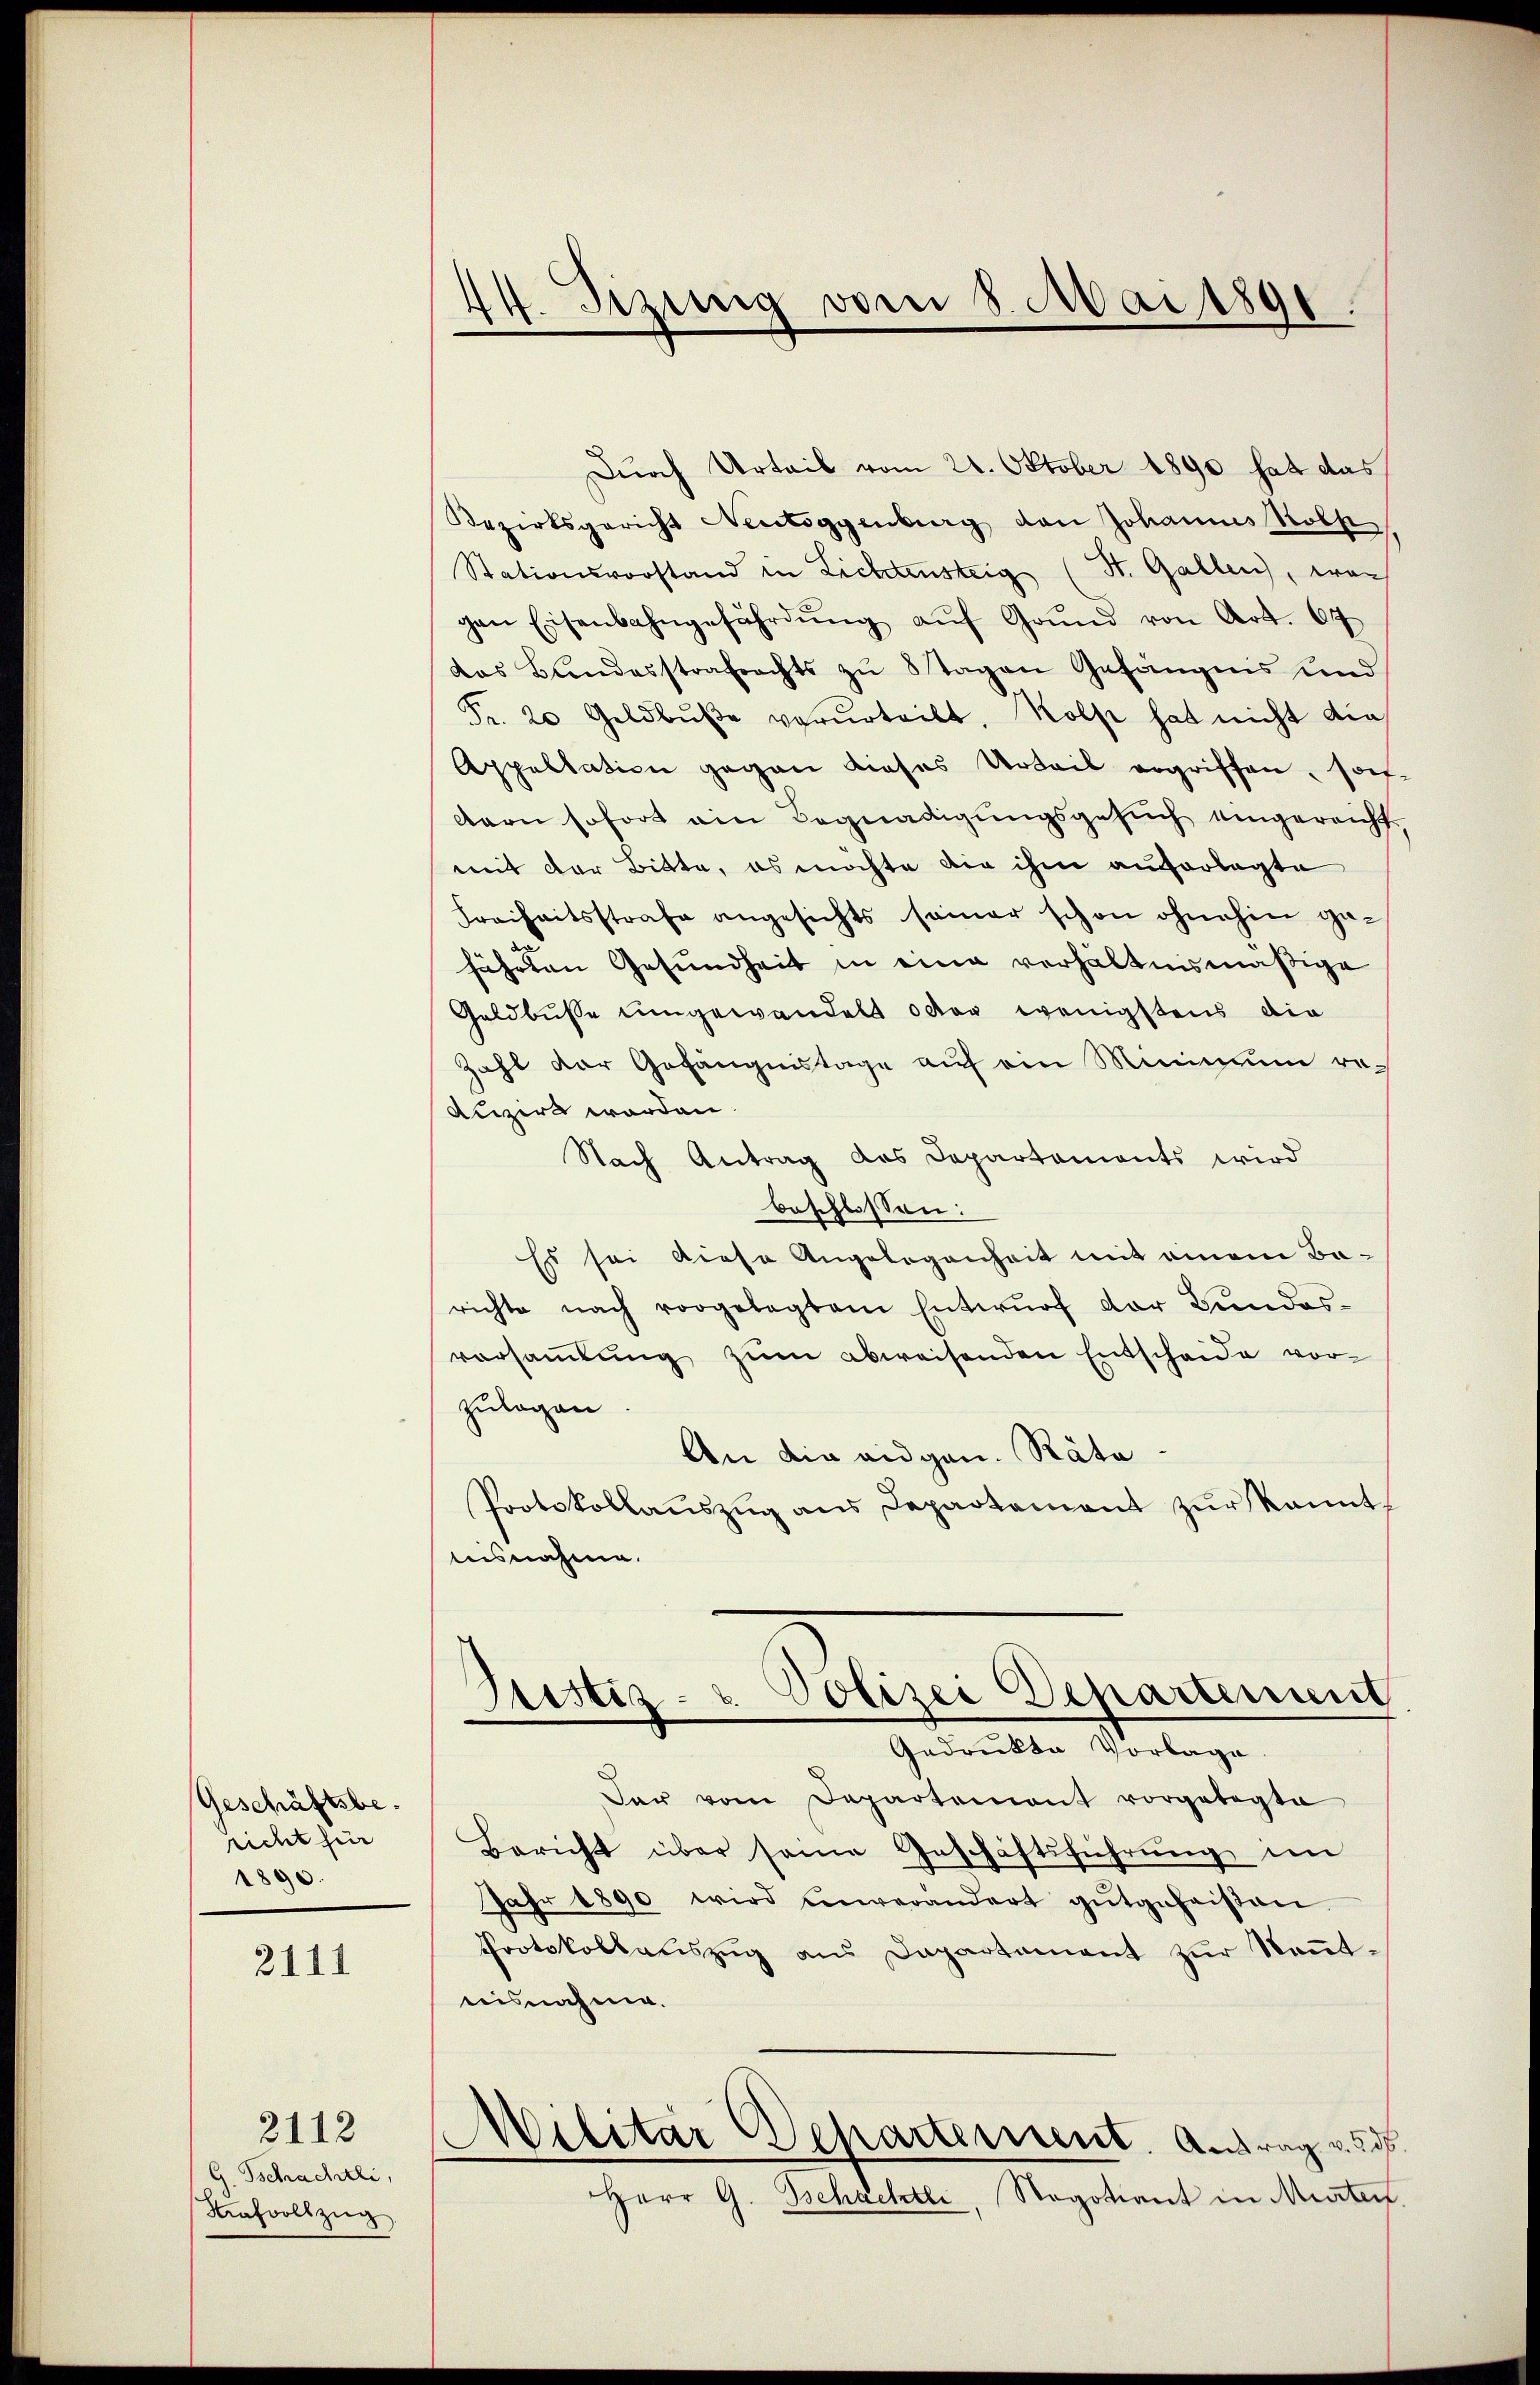
Geschäftsbericht für
1890.

2111

G. Tschachtli,
Kafvollzug

2112

44. Sizung vom 8. Mai 1891.

Durch Urteil vom 21. Oktober 1890 hat das
Bezirksgericht Neutiggenburg den Johannes Koll
Stationsvorstand in Lichtensteig (St. Gallen, wor
gen Eisenbahngefährdŭng aŭf Grŭnd von Art. 67
das Bundesstrafrechts zu 8 Tagen Gefängnis und
Fr. 20 Geldbŭβe verurteilt, Robst hat nicht die
Appellation gegen dieses Urteil ergriffen, son-
dern sofort ein Begnadigungsgesuch eingereicht.
mit der Bitte, es möchte die ihm auferlegte
Freiheitsstrafe angesichts samer schon ohnehin gefährten Gesundheit in eine verhältnismäßige
Geldbusse umgewandelt oder wenigstens die
Zahl der Gefängnistage auf ein Minimum re¬
Auzirt worden.
Nach Antrag des Departaments wird
beschlossen:
Es sei diese Angelegenheit mit einem Barichte nach vorgelegtem Entwŭrf der Bŭndes-
vorsaṁlŭng zŭm abweisenden Entscheide vorzulagen
An die eidgen. Räte
Protokollaŭszŭg ans Departament zŭr kannt
tiisnahme.
Justiz- & Polizei Departement
Gedruckte Vorlage.
Der vom Departement vorgelegte
Bericht über seine Geschäftsführŭng im
Jahr 1890 wird unverändert gutgeheißen.
Protokollauszug aus Dapartement zur Kenntnisnahme.
Militar Departement. Antrag v. 236.
Herr G. Schachtli, Negotiant in Murten.